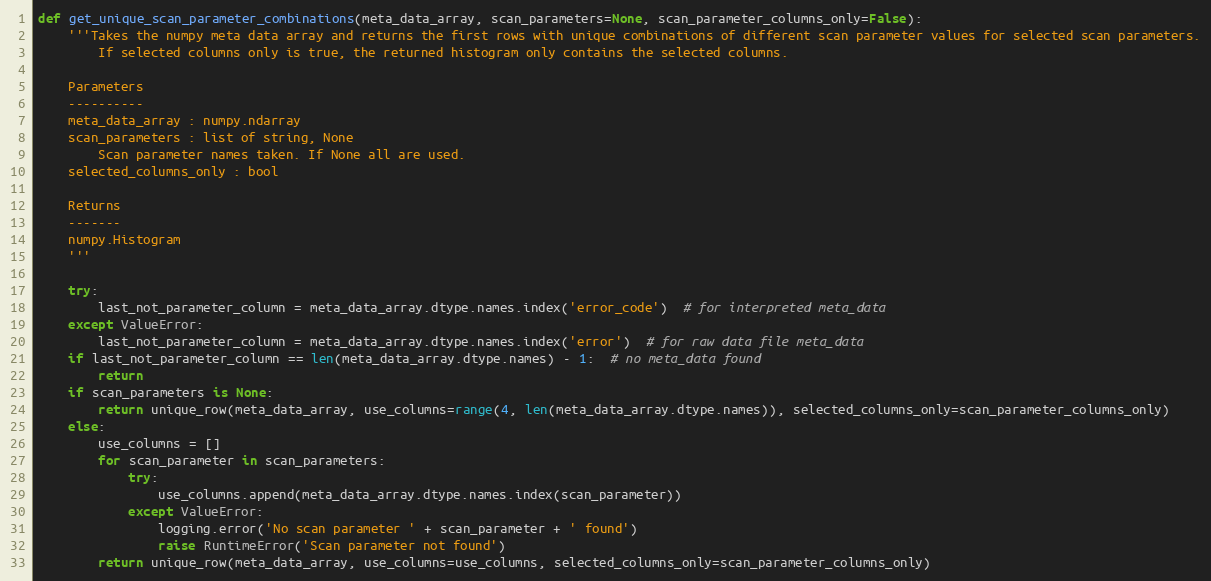
Language: Python
def get_unique_scan_parameter_combinations(meta_data_array, scan_parameters=None, scan_parameter_columns_only=False):
    '''Takes the numpy meta data array and returns the first rows with unique combinations of different scan parameter values for selected scan parameters.
        If selected columns only is true, the returned histogram only contains the selected columns.

    Parameters
    ----------
    meta_data_array : numpy.ndarray
    scan_parameters : list of string, None
        Scan parameter names taken. If None all are used.
    selected_columns_only : bool

    Returns
    -------
    numpy.Histogram
    '''

    try:
        last_not_parameter_column = meta_data_array.dtype.names.index('error_code')  # for interpreted meta_data
    except ValueError:
        last_not_parameter_column = meta_data_array.dtype.names.index('error')  # for raw data file meta_data
    if last_not_parameter_column == len(meta_data_array.dtype.names) - 1:  # no meta_data found
        return
    if scan_parameters is None:
        return unique_row(meta_data_array, use_columns=range(4, len(meta_data_array.dtype.names)), selected_columns_only=scan_parameter_columns_only)
    else:
        use_columns = []
        for scan_parameter in scan_parameters:
            try:
                use_columns.append(meta_data_array.dtype.names.index(scan_parameter))
            except ValueError:
                logging.error('No scan parameter ' + scan_parameter + ' found')
                raise RuntimeError('Scan parameter not found')
        return unique_row(meta_data_array, use_columns=use_columns, selected_columns_only=scan_parameter_columns_only)